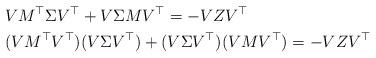
LaTeX: \begin{align*}&V M^{\top}\Sigma V^{\top}+V\Sigma M V^{\top}=-VZV^{\top}\\&(V M^{\top}V^{\top})( V\Sigma V^{\top})+(V\Sigma V^{\top})(V M V^{\top})=-VZV^{\top}\end{align*}